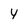
Character: Y